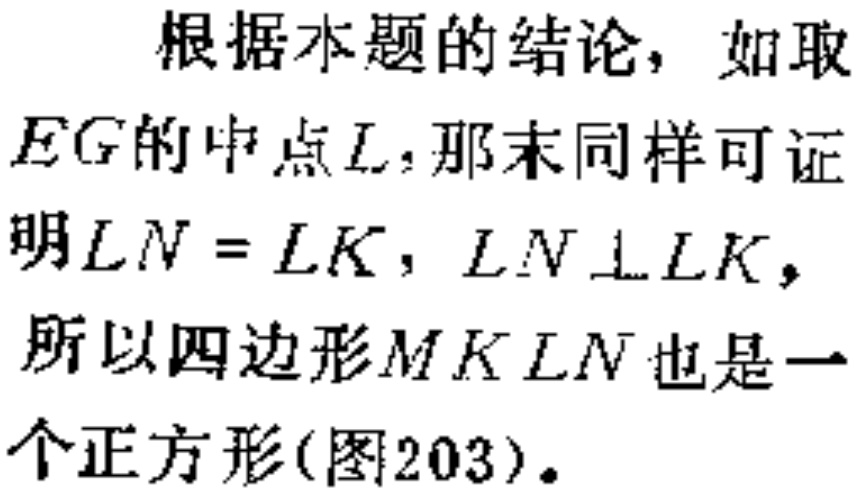
根据本题的结论，如取

\(EG\)的中点\(L\)，那末同样可证

明\(LN = LK\)，\(LN\perp LK\)，

所以四边形\(MKLN\)也是一

个正方形(图203)。